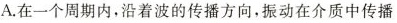
A.在一个周期内，沿着波的传播方向，振动在介质中传播